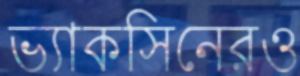
ভ্যাকসিনেরও